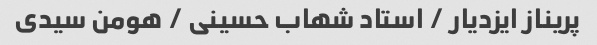
پریناز ایزدیار / استاد شهاب حسینی / هومن سیدی